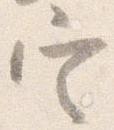
定